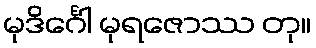
မုဒိင်္ဂေါ မုရဇောဿ တု။